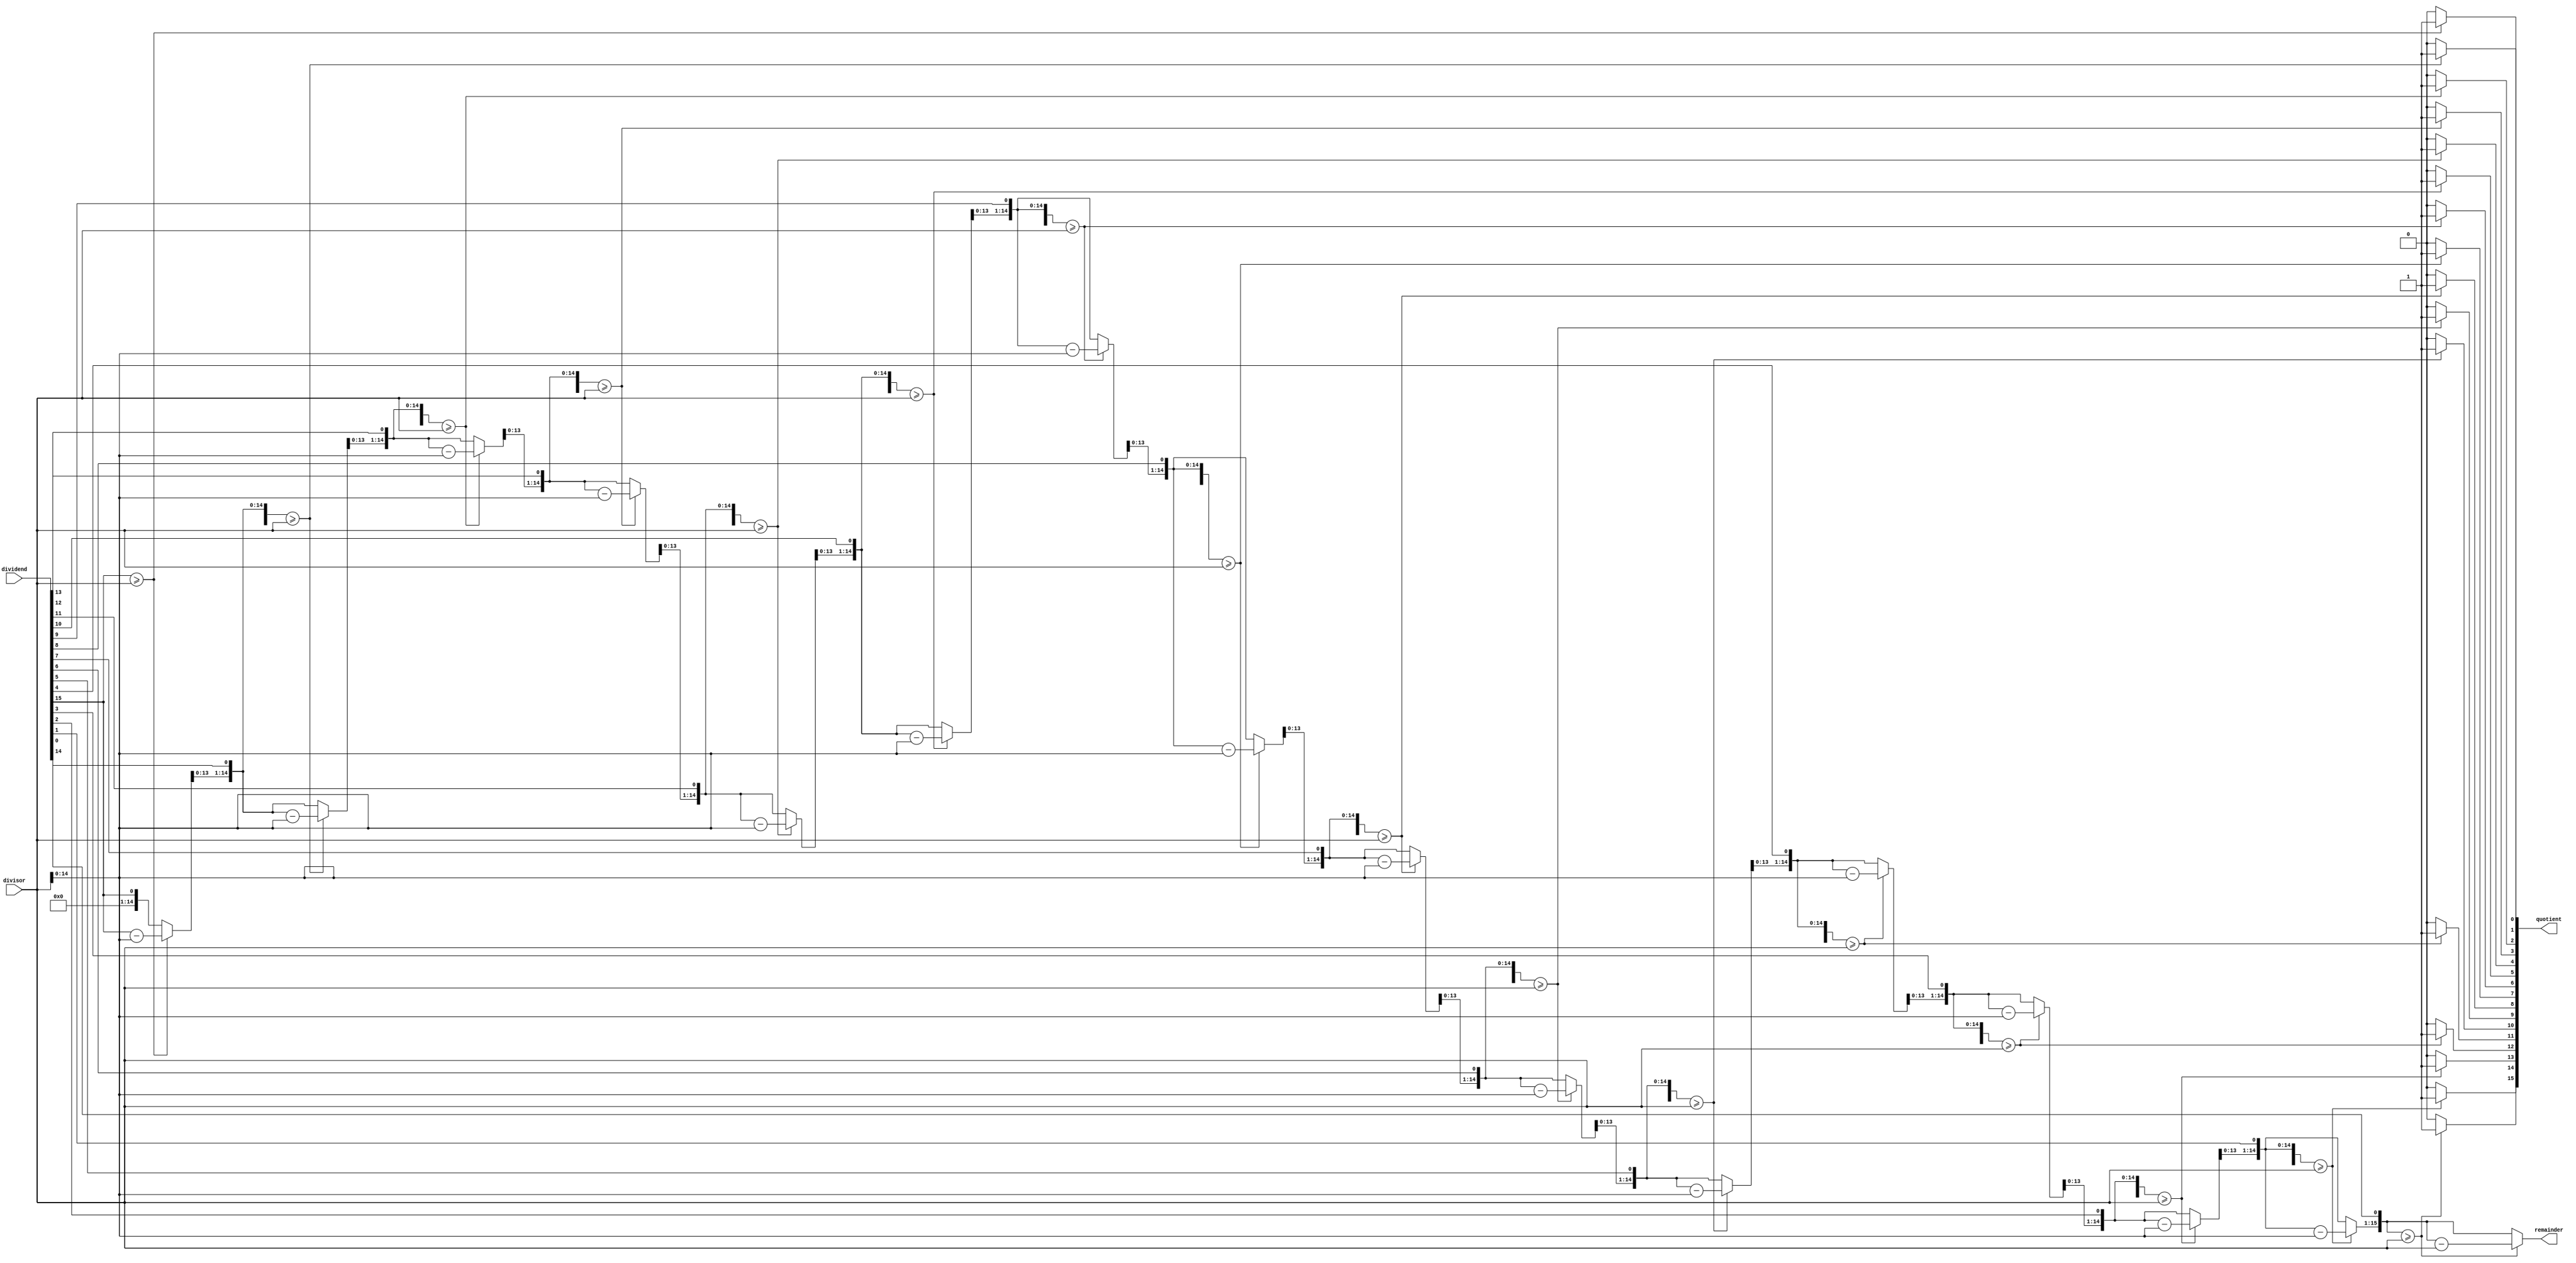
module radix2_srt_divider(
    input wire [15:0] dividend,
    input wire [15:0] divisor,
    output reg [15:0] quotient,
    output reg [15:0] remainder
);

reg [15:0] temp_remainder;
reg [15:0] temp_quotient;
reg [3:0] count;

always @(*) begin
    temp_remainder = 0;
    temp_quotient = 0;
    count = 0;

    for (count = 0; count < 16; count = count + 1) begin
        temp_remainder = temp_remainder << 1;
        temp_remainder[0] = dividend[15 - count];
        if (temp_remainder >= divisor) begin
            temp_remainder = temp_remainder - divisor;
            temp_quotient[count] = 1;
        end else begin
            temp_quotient[count] = 0;
        end
    end

    quotient = temp_quotient;
    remainder = temp_remainder;
end

endmodule